Bréfritari: Stefanía Siggeirsdóttir
Viðtakandi: Páll Pálsson
Dagsetning: A-1872-07-23
Skrifað á: Hraungerði  Árn.
Stefanía var bróðurdóttir Páls Pálssonar

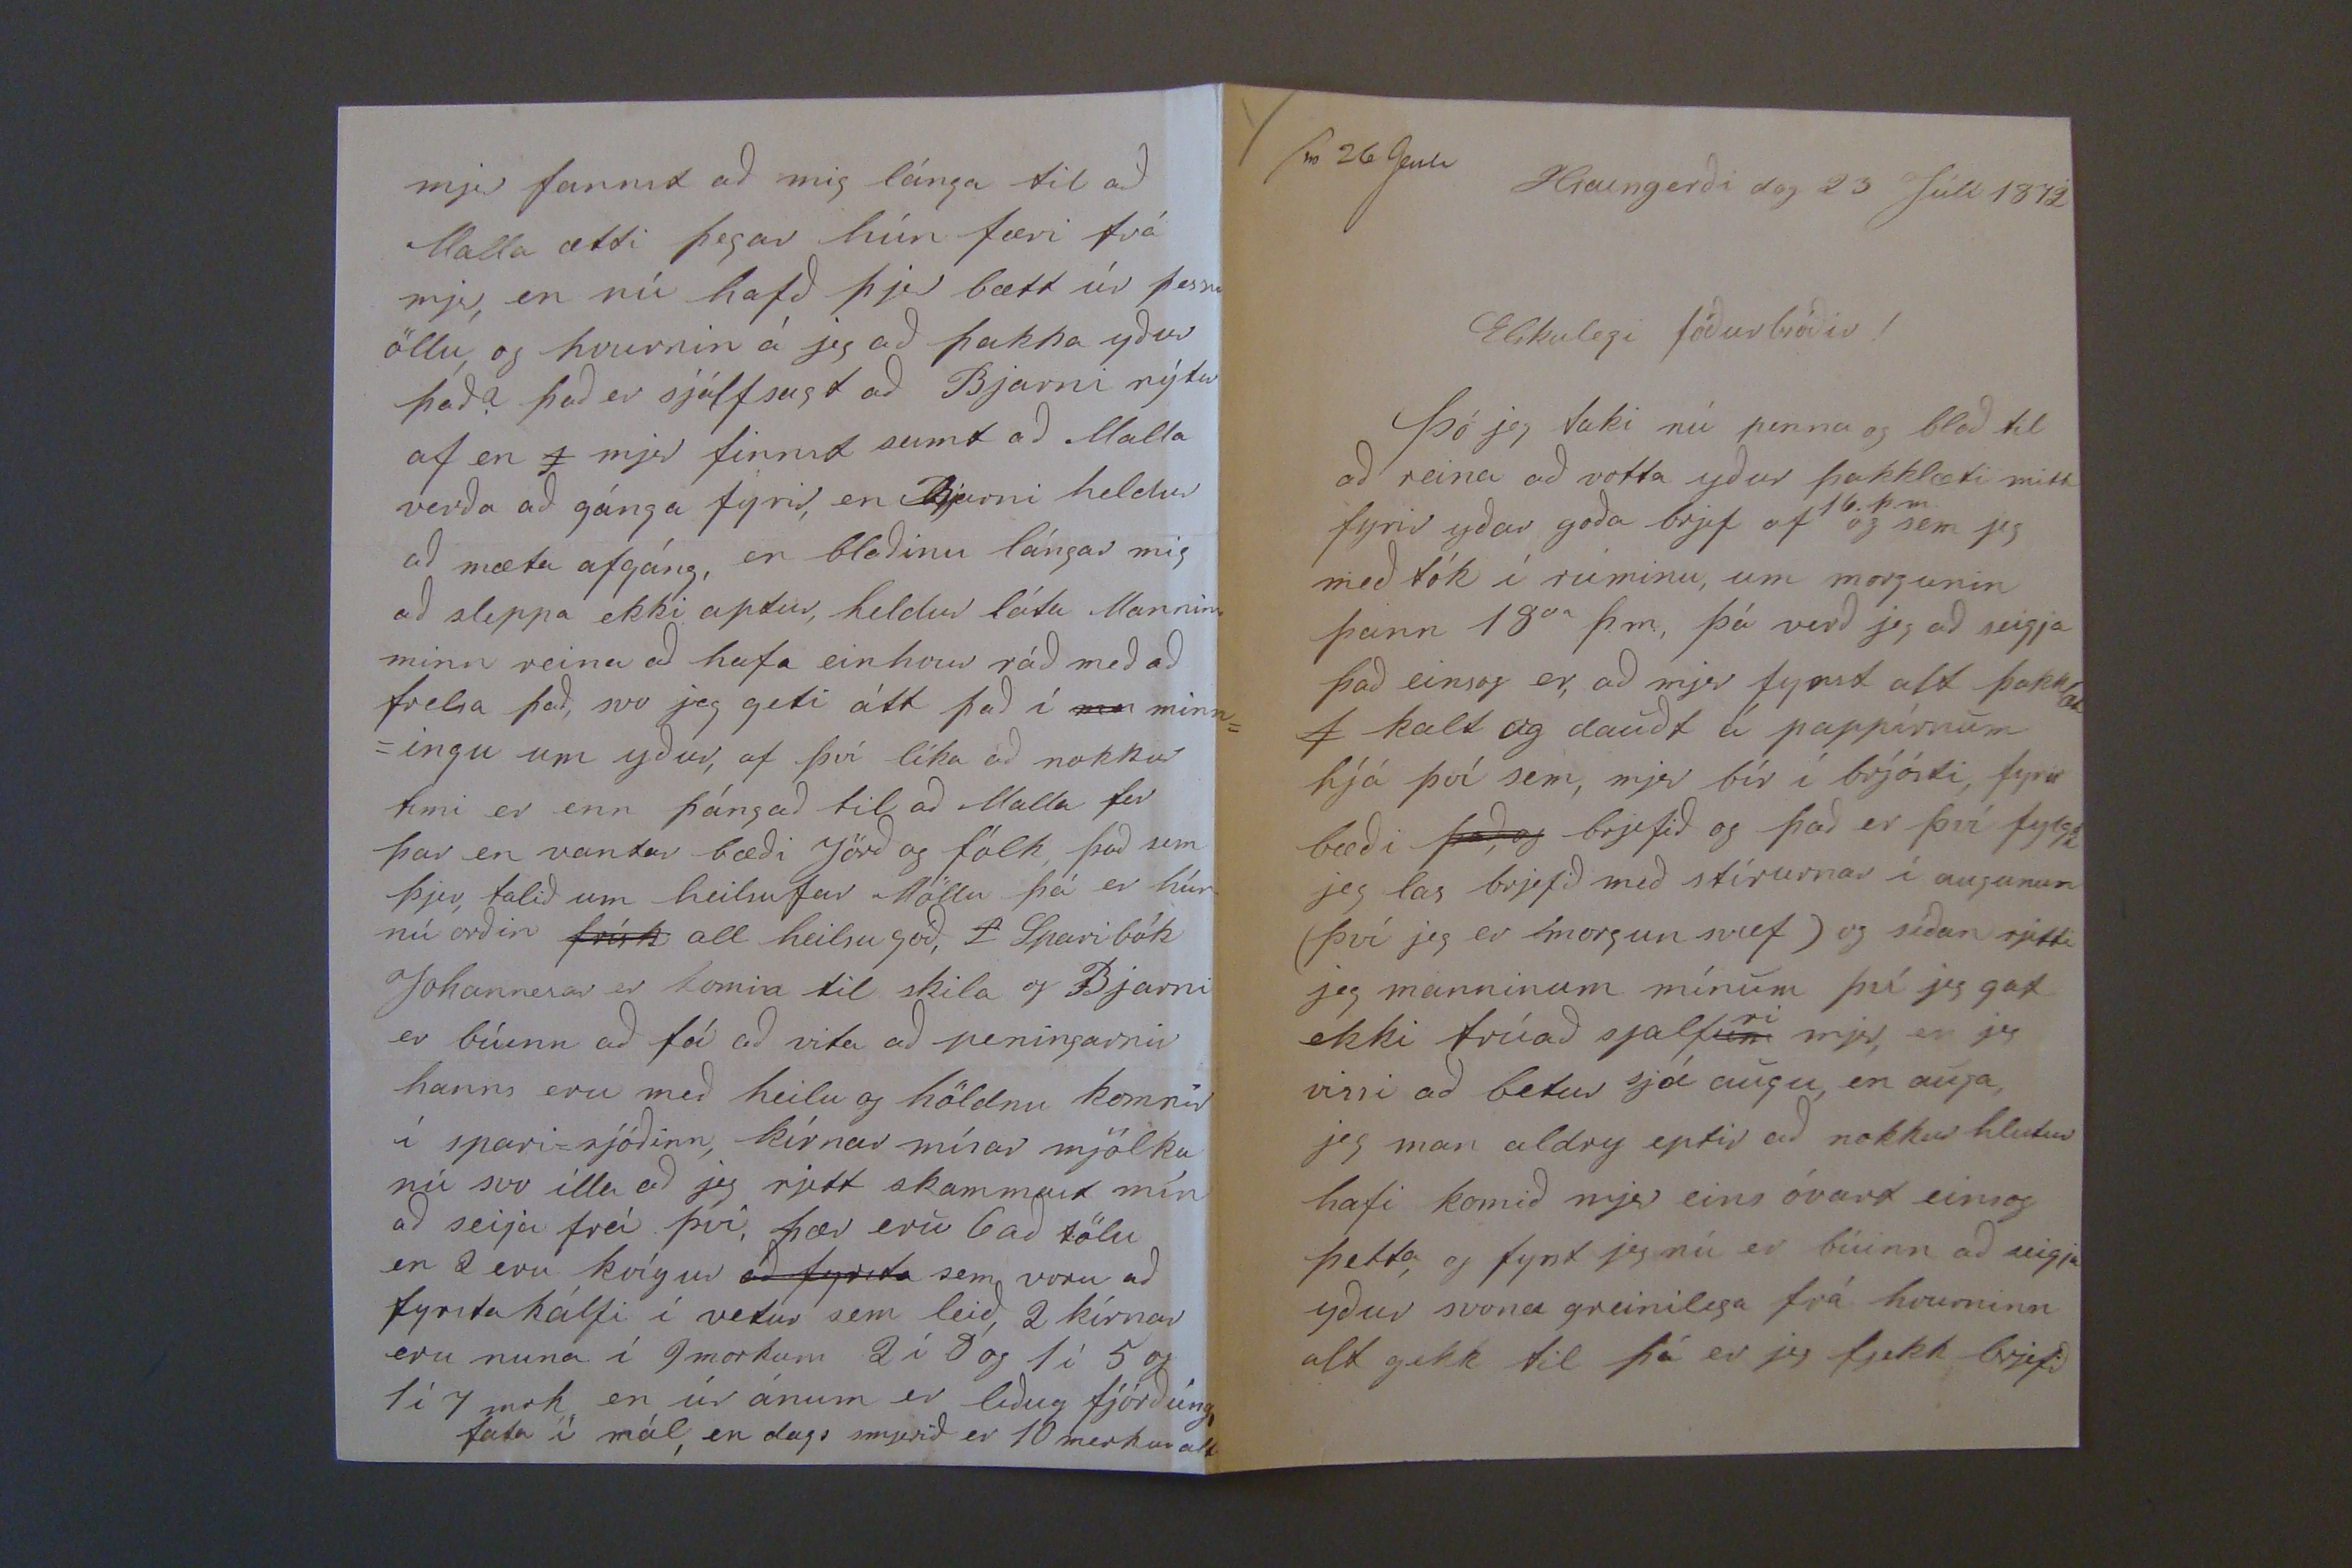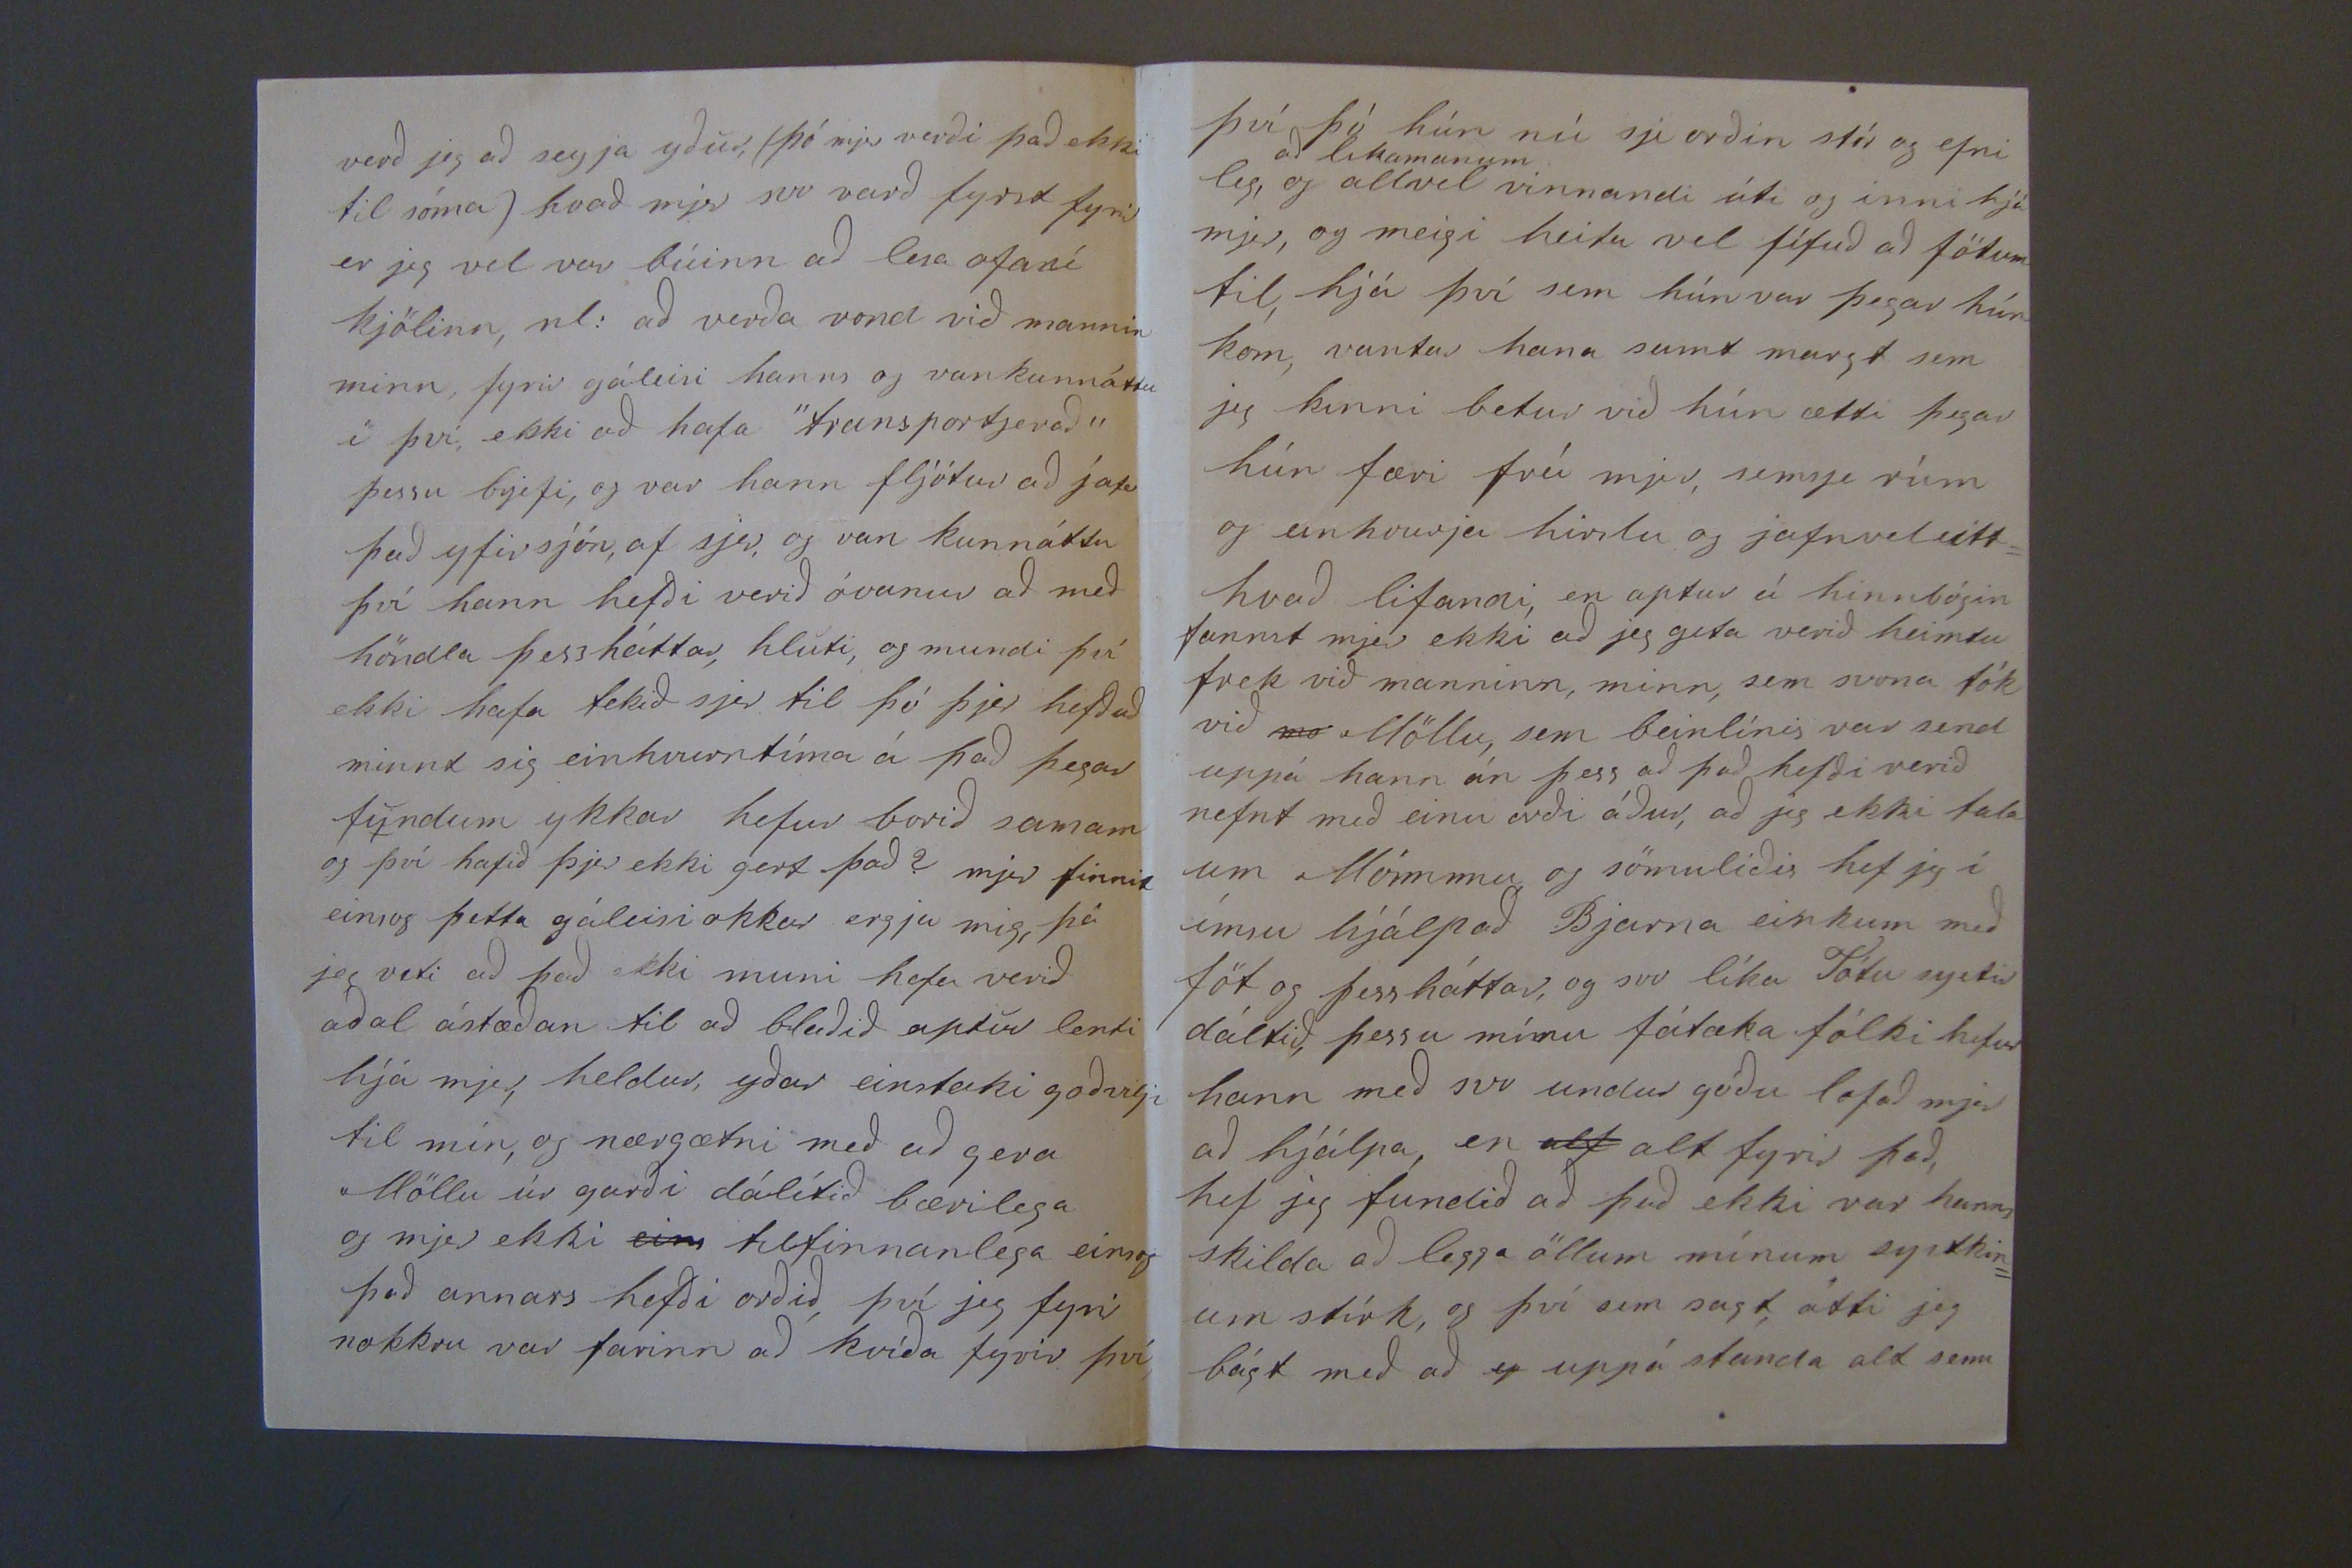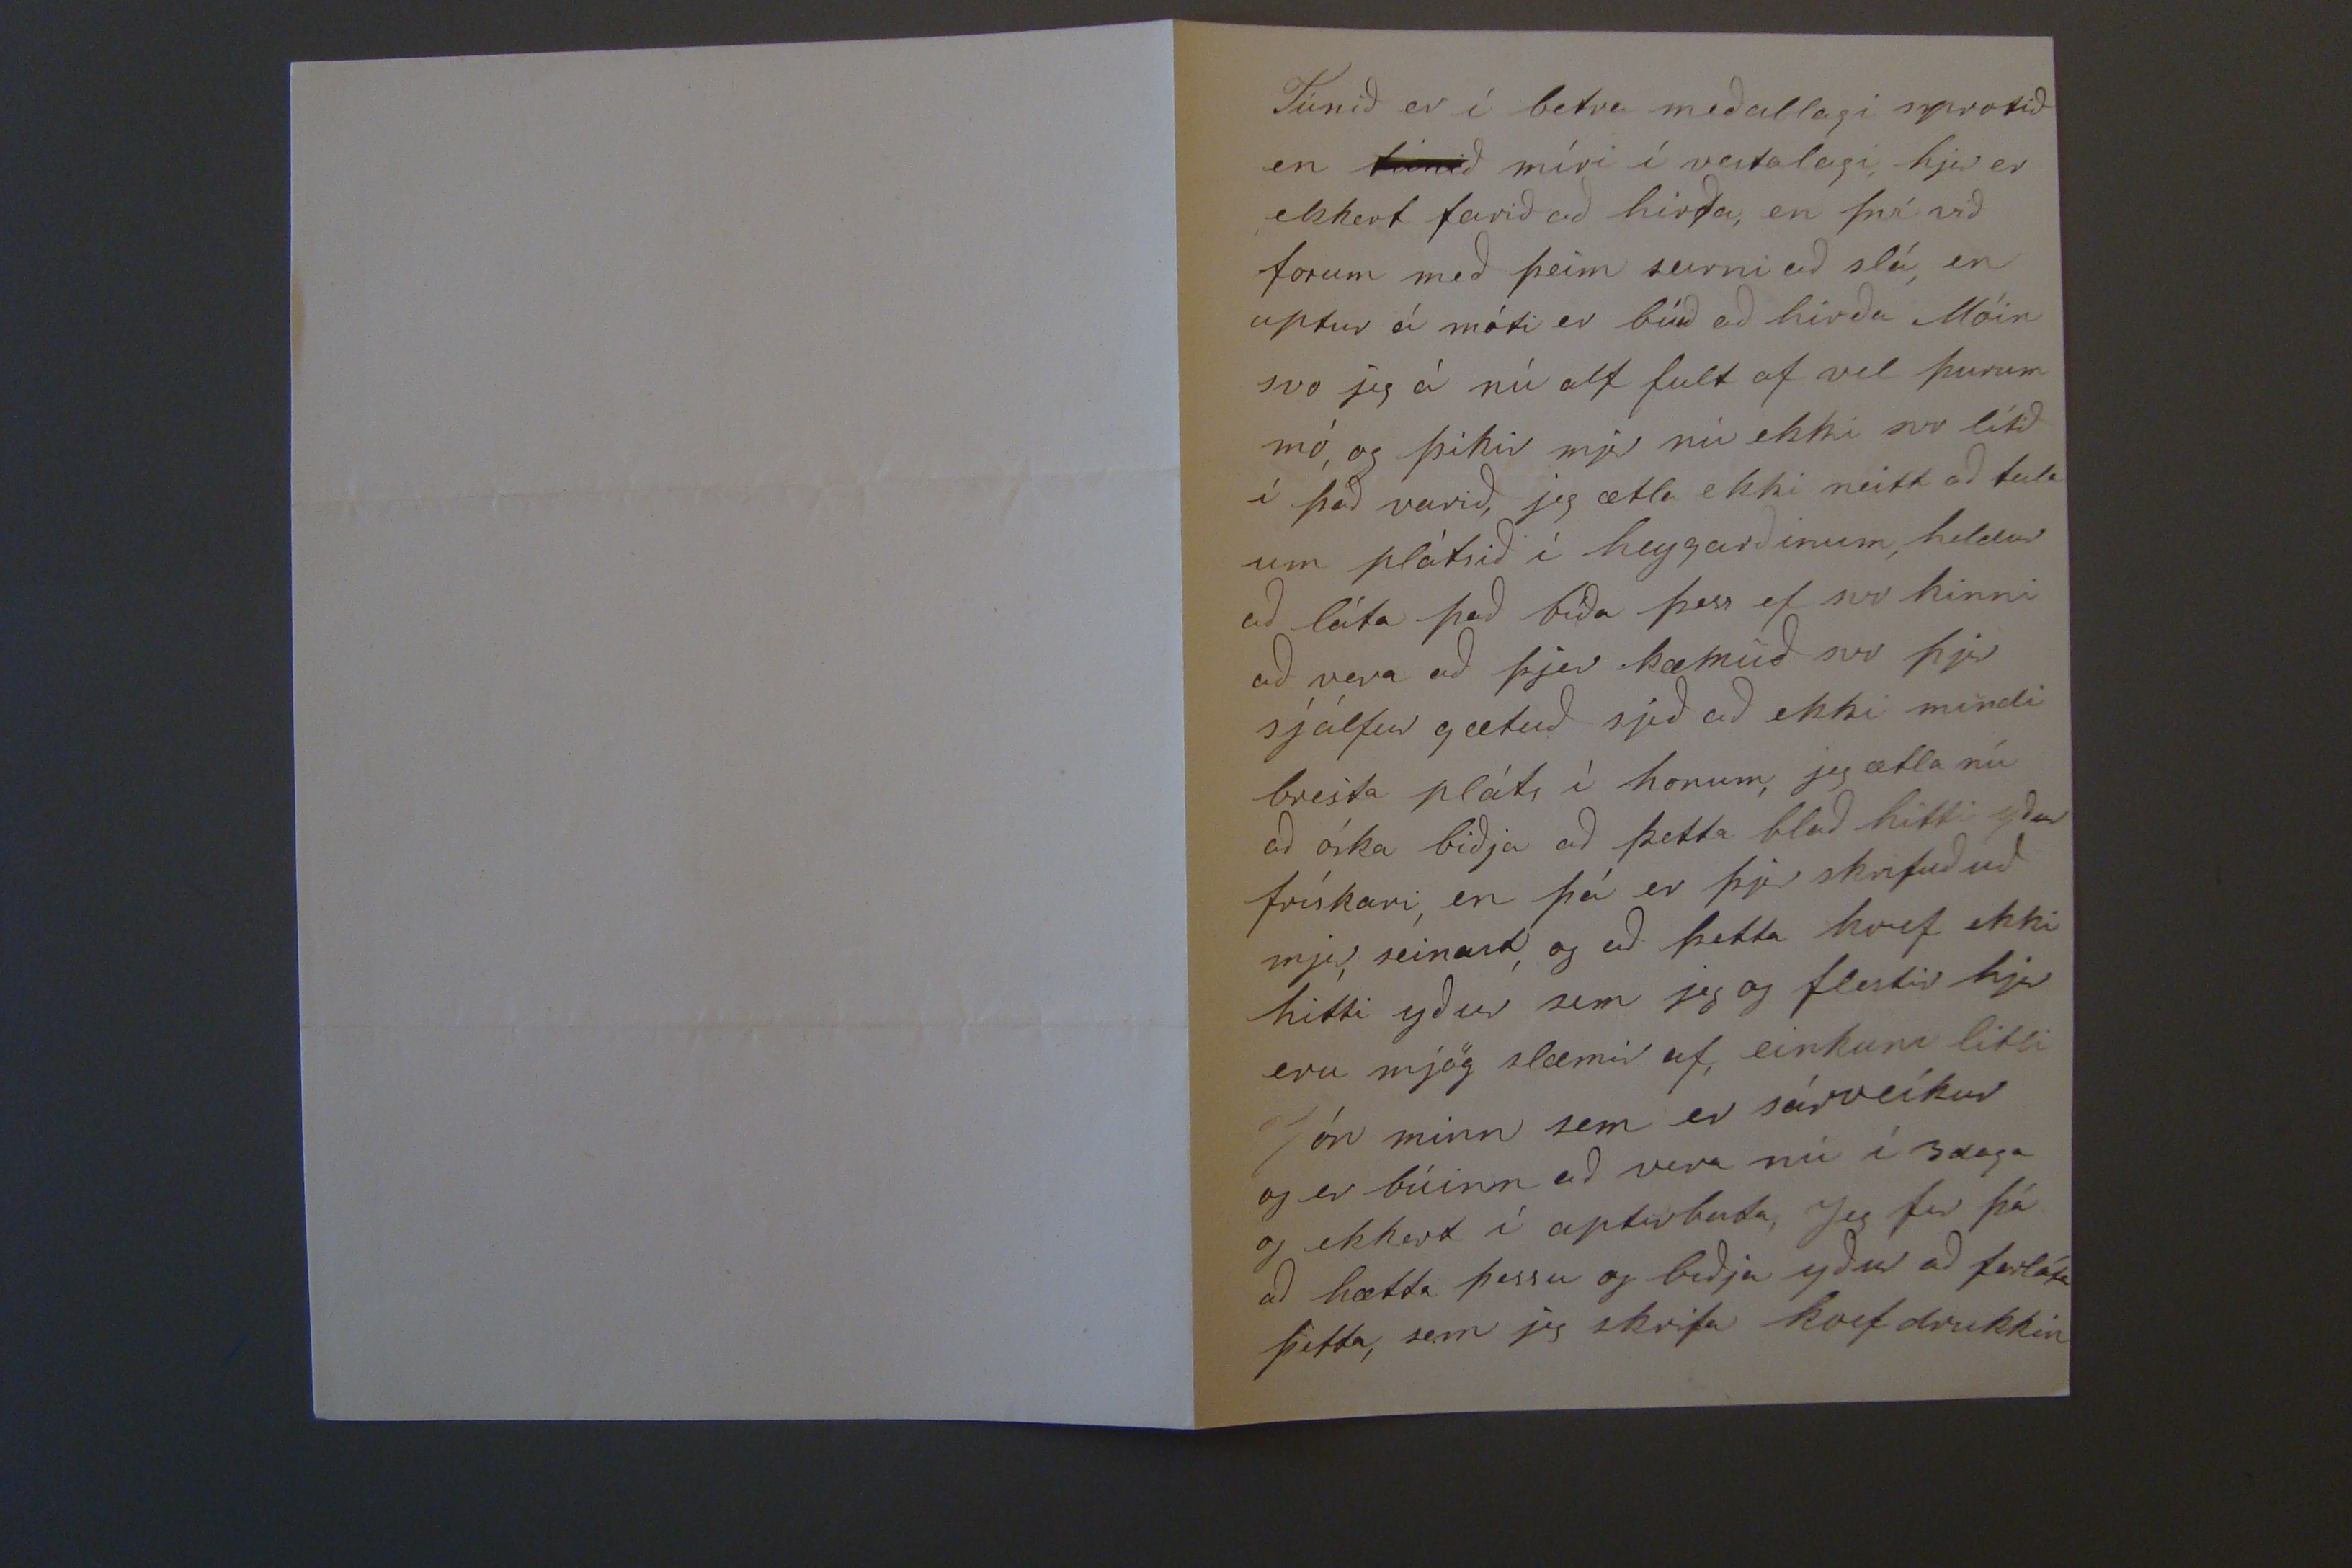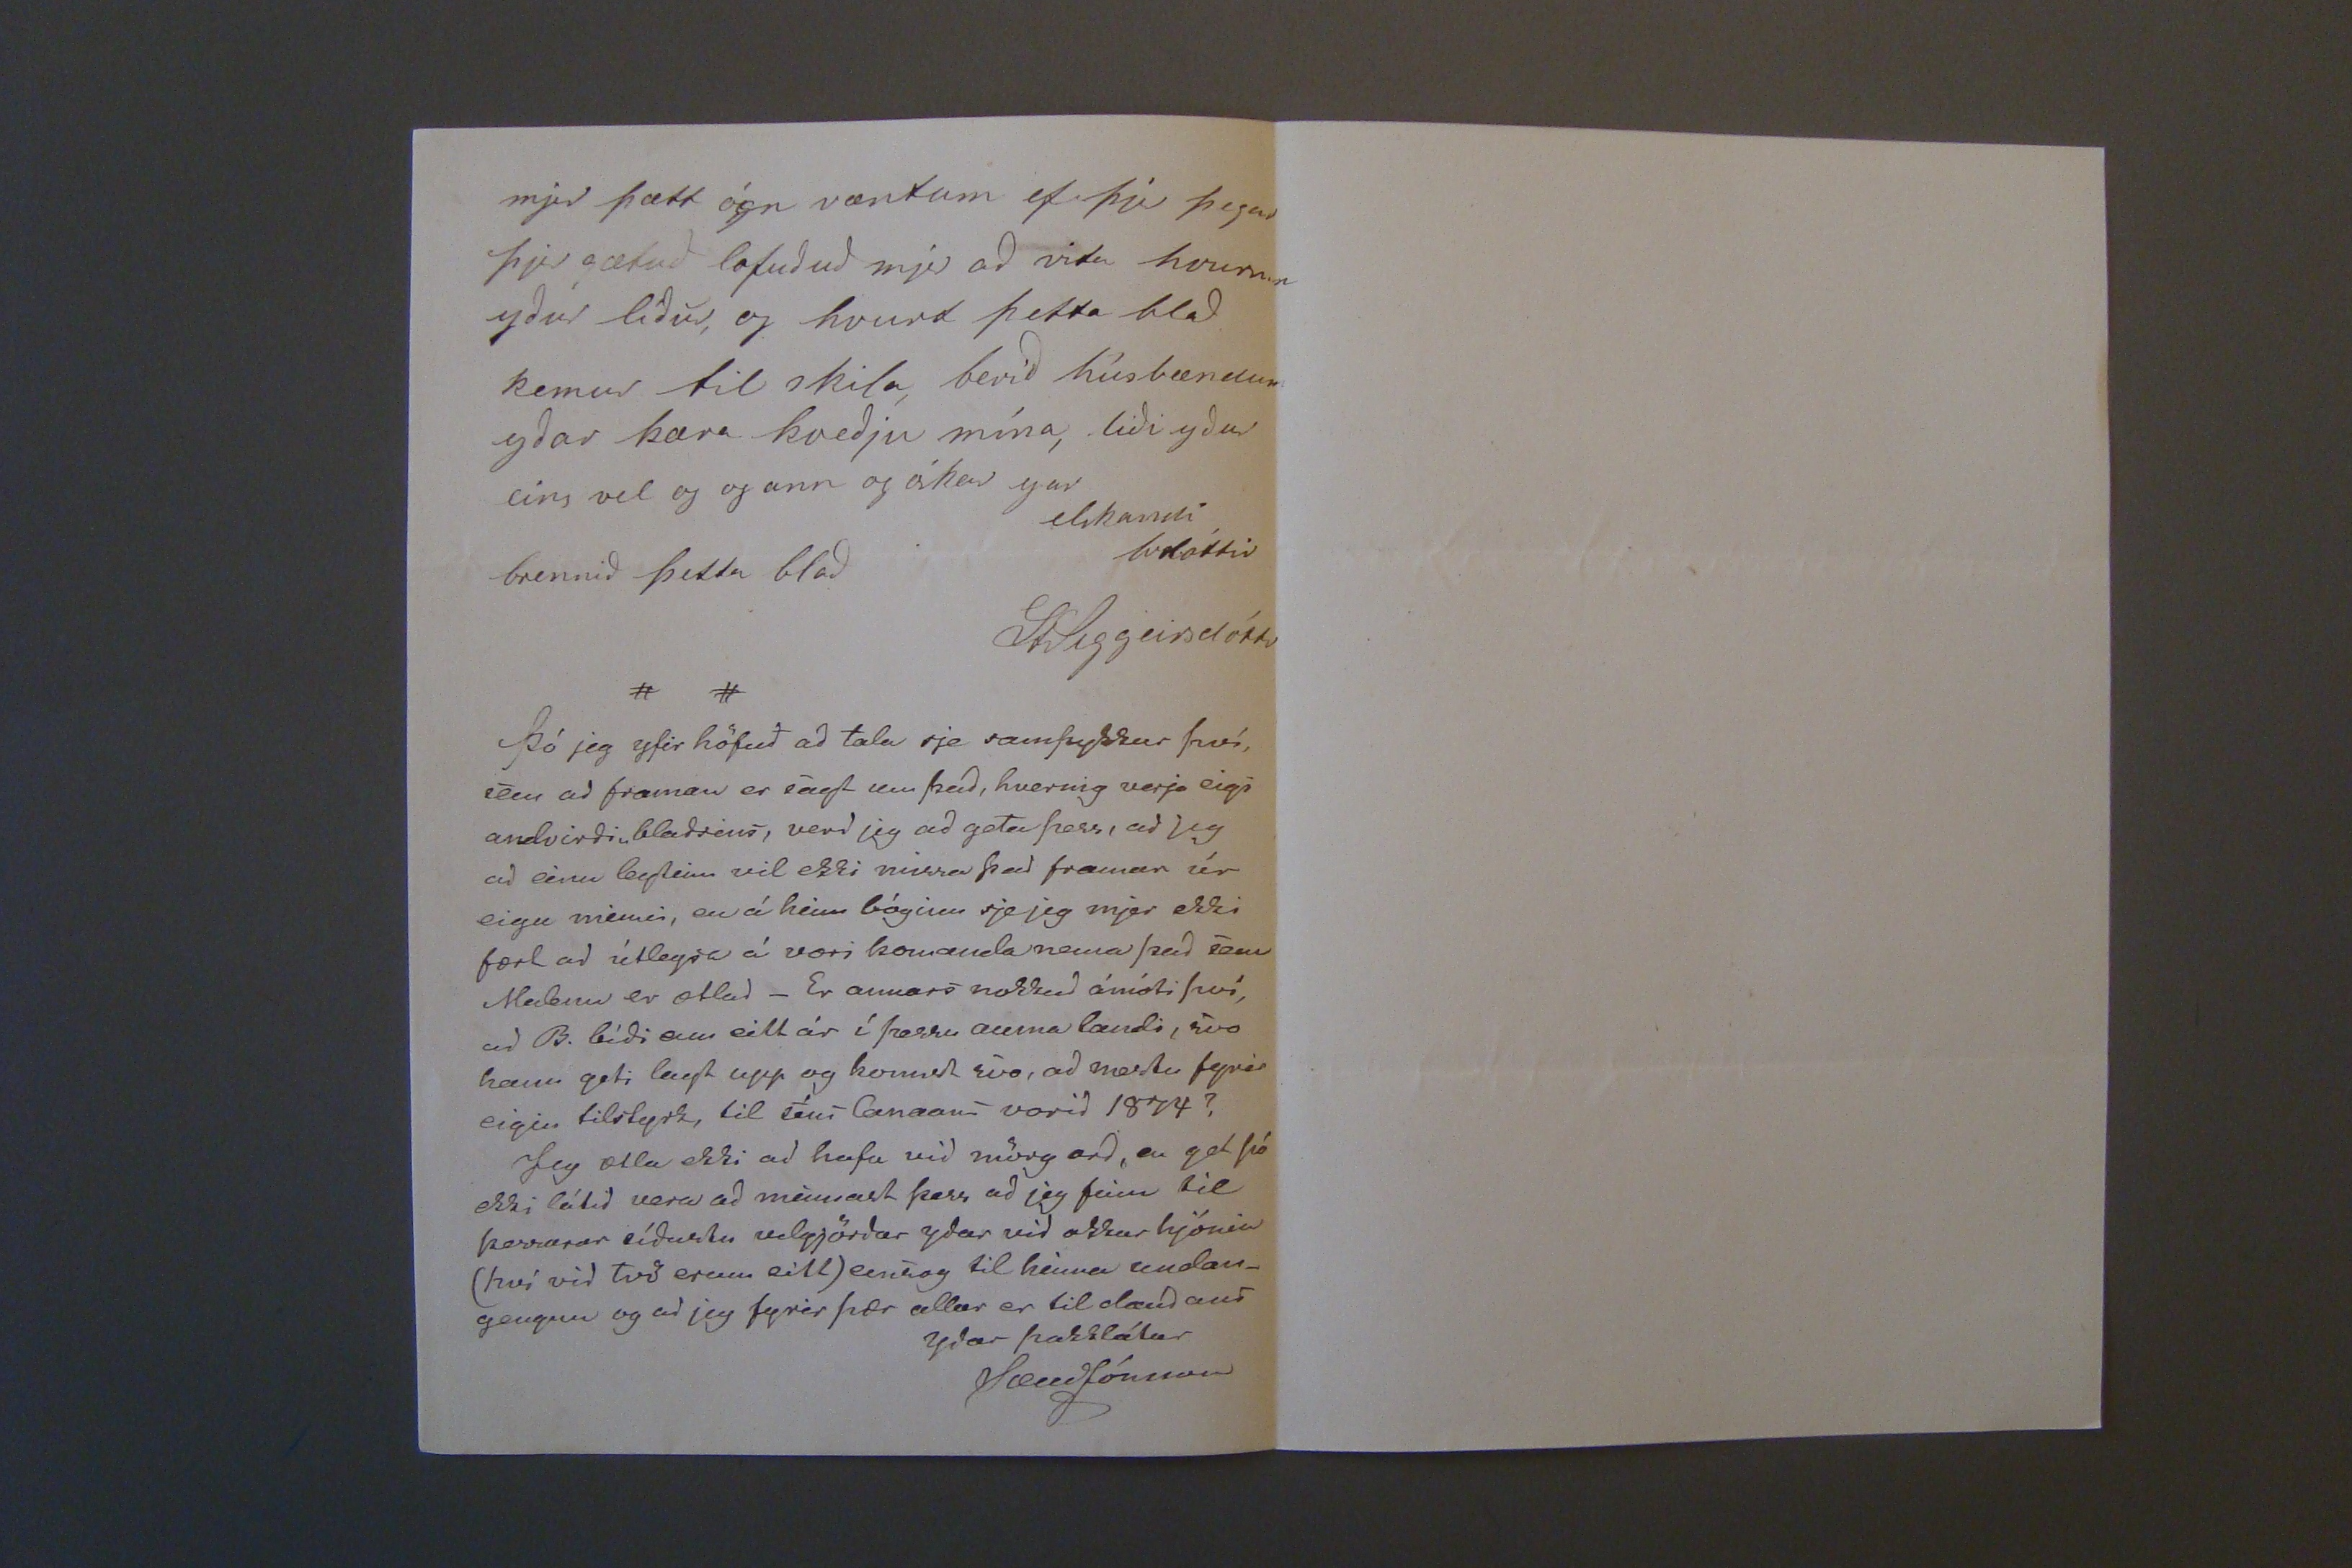

sv 26 Juli
Hraungerði dag 23 Júlí 1872
Elskulegi föðurbróðir!
Þó jeg taki nú penna og blað til að reina að votta yður þakklæti mitt fyrir yðar goða brjef af
16. þ.m.
og sem jeg með tók í rúminu, um morgunin þann 18
d
a
þ.m., þá verð jeg að seigja það einsog er, að mjer fynst alt þakkla
t
þ
kalt og dauðt á papírnum hjá því sem, mjer bír í brjósti, fyrir bæði
það og
brjefið og það er því fylgdi jeg las brjefið með stírurnar í augunum (því jeg er morgunsvæf) og síðan rjetti jeg manninum mínum því jeg gat ekki trúað sjalf
um
ri
mjer, en jeg vissi að betur sjá augu, en auga, jeg man aldry eptir að nokkur hlutur hafi komið mjer eins óvart einsog þetta, og fyrst jeg nú er búinn að seigja yður svona greinilega frá hvurninn alt gekk til þá er jeg fjekk brjefið
verð jeg að seyja yður, (þó mjer verði það ekki til sóma) hvað mjer svo varð fyrst fyrir er jeg vel var búinn að lesa ofaní kjölinn, nl: að verða vond við mannin minn, fyrir gáleisi hanns og vankunnáttu í því, ekki að hafa "transportjerað" þessu brjefi, og var hann fljótur að jata það yfir sjón, af sjer, og van kunnáttu því hann hefði verið óvanur að með höndla þess háttar, hluti, og mundi því ekki hafa tekið sjer til þó þjer hefðuð minnt sig einhvurntíma á það þegar fundum ykkar hefur borið saman og því hafið þjer ekki gert það? mjer finnst einsog þetta gáleisi okkar ergja mig, þá jeg viti að það ekki muni hafa verið aðal ástæðan til að blaðið aptur lenti hjá mjer, heldur yðar einstaki goðvilji til mín, og nærgætni með að gera Möllu úr garði dálítið bærilega og mjer ekki
eins
tilfinnanlega einsog það annars hefði orðið, því jeg fyrir nokkru var farinn að kvíða fyrir því
því þó hún nú sje orðin stór og efni leg, og
að likamanum
allvel vinnandi úti og inni hjá mjer, og meigi heita vel
fífuð
að fötum til, hjá því sem hún var þegar hún kom, vantar hana sumt margt sem jeg kinni betur við hún ætti þegar hún færi frá mjer, semsje rúm og einhvurja hirslu og jafnvel eitt= hvað lifandi, en aptur á hinn bógin fannst mjer ekki að jeg geta verið heimtu frek við manninn, minn, sem svona tók við
mo
Möllu, sem beinlínis var send uppá hann án þess að það hefði verið nefnt með einu orði áður, að jeg ekki tala um Mömmu og sömuleiðis hef jeg í ímsu hjálpað Bjarna einkum með föt og þessháttar, og svo líka Tótu systir dáltið, þessu mínu fátæka fólki hefur hann með svo undur góðu lofað mjer að hjálpa, en
alf
alt fyrir það, hef jeg fundið að það ekki var hanns skilda að legga öllum mínum systkin= um stírk, og því sem sagt, átti jeg bágt með að
y
uppá standa alt sem
mjer fannst að mig lánga til að Malla ætti þegar hún færi frá mjer, en nú hafð þjer bætt úr þessu öllu, og hvurnin á jeg að þakka yður það? það er sjálfsagt að Bjarni nýtur af en
j
mjer finnst sumt að Malla verða að gánga fyrir, en Bjarni heldur að mæata afáng, en blaðinu lángar mig að sleppa ekki aptur, heldur láta Manninn minn reina að hafa einhvur ráð með að frelsa það, svo jeg geti átt það í
mn
minn= =ingu um yður, af því líka að nokkur timi er enn þángað til að Malla fer þar en vantar bæði Jörð og fólk, það sem þjer, talið um heilsufar Möllu þá er hún nú orðin
frísk
all heilsugóð,
P
Sparibók Johannesar er komin til skila og Bjarni er búinn að fá að vita að peningarnir hanns eru með heilu og höldnu komnir í spari=sjóðinn, kírnar mínar mjólka nú svo illa að jeg rjett skammast mín að seija frá því, þær eru 6 að tölu en 2 eru kvígur
að fyrsta
sem voru að fyrsta kálfi í vetur sem leið, 2 kírnar eru nuna í 9 morkum 2 í 8 og 1 í 5 og 1 í 4 mrk, en úr ánum er liðug fjórðung, fata í mál, en dags smjerið er 10 merkur alt
Túnið er í betra meðallagi sprotið en
túnið
míri í vestalagi, hjer er ekkert farið að hirða, en því við forum með þeim seirni að slá, en aptur á móti er bíð að hirða Móin svo jeg á nú alt fult af vel þurum mó, og þikir mjer nú ekki svo lítið í það varið, jeg ætla ekki neitt að tala um plátsið í heygarðinum, heldur að láta það bíða þess ef svo hinni að vera að þjer kæmuð svo þjer sjálfur gætuð sjeð að ekki mindi bresta pláts í honum, jeg ætla nú að óska biðja að þetta blað hitti yður frískari, en þá er þjer skrifuðuð mjer, seinast, og að þetta kvef ekki hitti yður sem jeg og flestir hjer eru mjög slæmir af, einkum litli Jón minn sem er sárveikur og er búinn að vera nú í 3 daga og ekkert í apturbata, Jeg fer þá að hætta þessu og biðja yður að forláta þetta sem jeg skrifa kvefdrukkin
mjer þætt ógn væntum ef þú þegar þjer gætuð lofuðuð mjer að vita hvurnin yður líður, og hvurt þetta blað kemur til skila, berið húsbændum yðar kæra kveðju mína, liði yður eins vel og ann og óskar yar
elskandi brdóttir brennið þetta blað
StSiggeirsdóttir
Þó jeg yfir höfuð að tala sje samþykkur því, sem að framan er sagt um það, hvernig verja eigi andvirði blaðsins, verð jeg að geta þess, að jeg að einu
ley0eim
vil ekki missa það framan úr eigu minni, en á hinn bóginn sje jeg mjer ekki fært að útleysa á vori komanda nema það sem
Madomu
er ætlað_ Er annars nokkuð á móti því, að B. bíði enn eitt ár í þessu auma landi, svo hann geti lagt upp og komist svo, að næstu fyrir eigin tilstyrk, til
sem Can000
vorið 1874? Jeg ætla ekki að hafa við mörg orð, en get þó ekki látið vera að minnast þess að jeg þeim til þessarar síðustu velgjörðar yðar við okkur hjónin (hví við tvö erum eitt) einsog til heima undan_ gengnu og að jeg fyrir þær allar er til dauðans yðar þakklátur
SæmJónsson